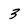
Character: 3